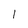
Character: l